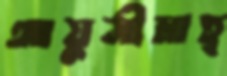
আয়ুসীমাহ্